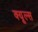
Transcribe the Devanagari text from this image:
क्‍यूल्‍स